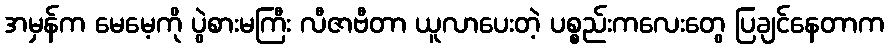
အမှန်က မေမေ့ကို ပွဲစားမကြီး လီဇာဗီတာ ယူလာပေးတဲ့ ပစ္စည်းကလေးတွေ ပြချင်နေတာက